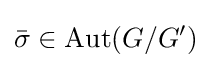
{\bar {\sigma }}\in \mathrm {Aut} (G/G')